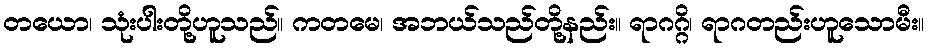
တယော၊ သုံးပါးတို့ဟူသည်။ ကတမေ၊ အဘယ်သည်တို့နည်း။ ရာဂဂ္ဂိ၊ ရာဂတည်းဟူသောမီး။